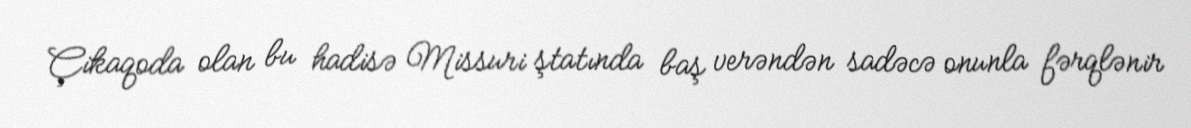
Çikaqoda olan bu hadisə Missuri ştatında baş verəndən sadəcə onunla fərqlənir